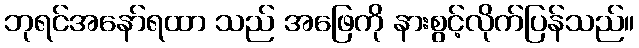
ဘုရင်အနော်ရထာ သည် အဖြေကို နားစွင့်လိုက်ပြန်သည်။